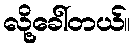
လို့ခေါ်တယ်။